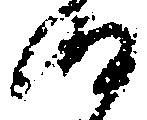
細